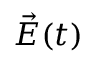
\vec { E } ( t )